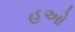
હઓ